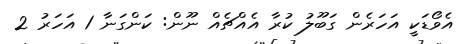
އެވޯޑަކީ އަހަރެން ގަބޫލު ކުރާ އެއްޗެއް ނޫން: ކަންގަނާ 1 އަހަރު 2